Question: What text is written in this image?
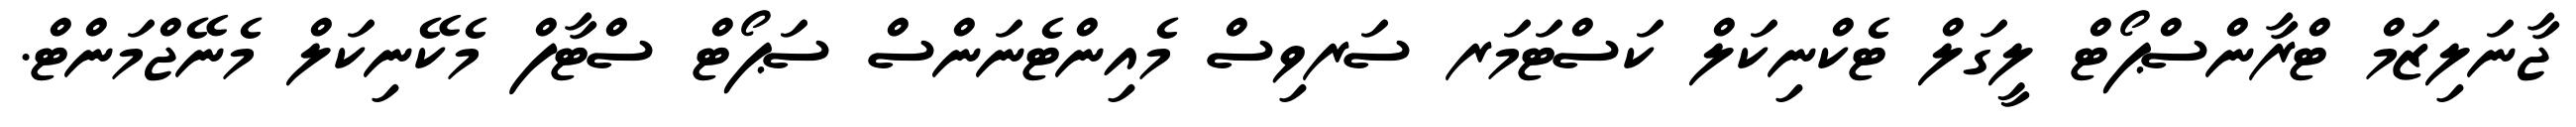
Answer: ޖާނަލިޒަމް ޓްރާންސްޕޯޓް ލީގަލް ޓެކްނިކަލް ކަސްޓަމަރ ސަރވިސް މެއިންޓެނަންސް ސަޕޯޓް ސްޓާފް މެކޭނިކަލް މެނޭޖްމަންޓް.